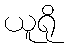
ယူရို